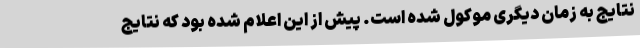
نتایج به زمان دیگری موکول شده است. پیش از این اعلام شده بود که نتایج